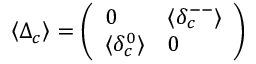
\left< \Delta _ { c } \right> = \left( \begin{array} { l l } { { 0 } } & { { \langle \delta _ { c } ^ { -- } \rangle } } \\ { { \langle \delta _ { c } ^ { 0 } \rangle } } & { { 0 } } \end{array} \right)